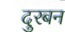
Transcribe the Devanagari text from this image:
दुरबन